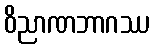
ဝိညာဏဘာဂဿ